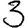
Digit: 3